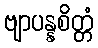
ဗျာပန္နစိတ္တံ